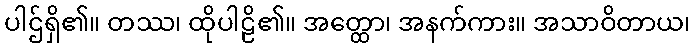
ပါဌ်ရှိ၏။ တဿ၊ ထိုပါဠိ၏။ အတ္ထော၊ အနက်ကား။ အသာဝိတာယ၊